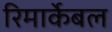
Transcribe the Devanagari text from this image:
रिमार्केबल